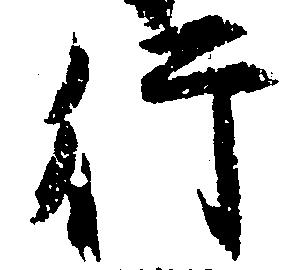
行